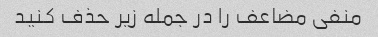
منفی مضاعف را در جمله زیر حذف کنید